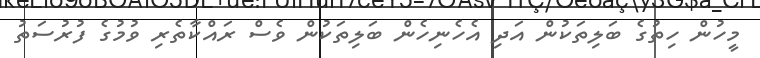
މީހުން ހިތުގެ ބަލިތަކުން އަދި އެހެނިހެން ބަލިތަކުން ވެސް ރައްކާތެރި ވުމުގެ ފުރުސަތު